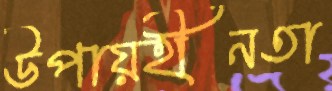
উপায়হীনতা